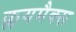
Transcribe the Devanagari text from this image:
क्लयमैक्स